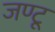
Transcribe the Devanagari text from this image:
जण्टू